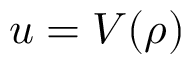
u = V ( \rho )